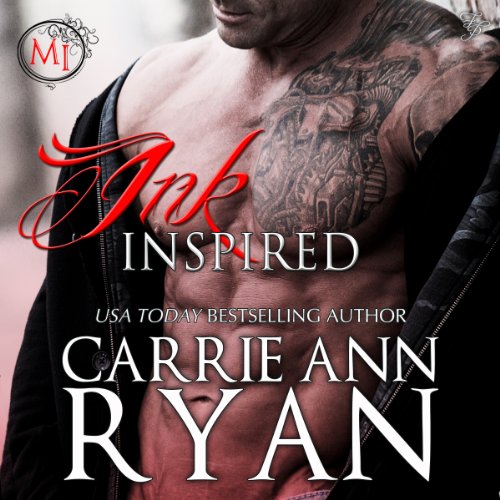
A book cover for Ink Inspired: Montgomery Ink; Carrie Ann Ryan; Romance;